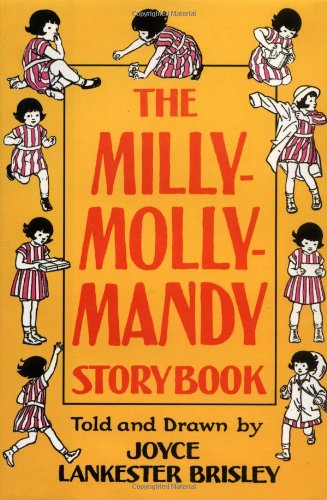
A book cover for The Milly-Molly-Mandy Storybook; Joyce Lankester Brisley; Children's Books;